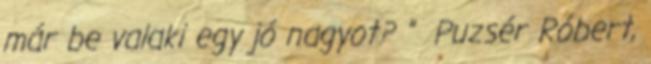
már be valaki egy jó nagyot? ” Puzsér Róbert,